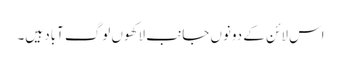
اس لائن کے دونوں جانب لاکھوں لوگ آباد ہیں۔